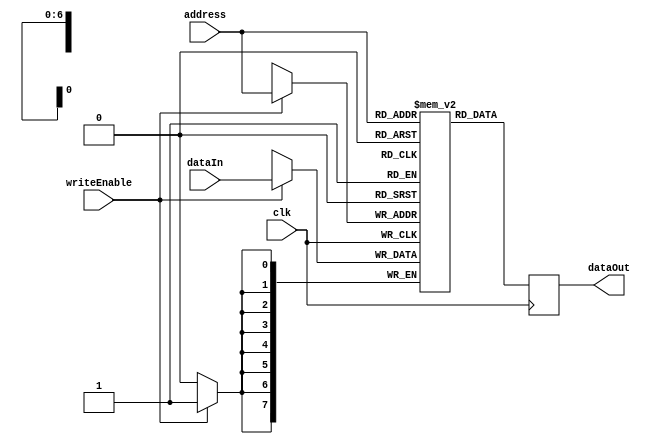
//------------------------------------------------------------------------
// Data Memory
//   Positive edge triggered
//   dataOut always has the value mem[address]
//   If writeEnable is true, writes dataIn to mem[address]
//------------------------------------------------------------------------

module datamemory
#(
    parameter addresswidth  = 7,
    parameter depth         = 2**addresswidth,
    parameter width         = 8
)
(
    input 		                clk,
    output reg [width-1:0]      dataOut,
    input [addresswidth-1:0]    address,
    input                       writeEnable,
    input [width-1:0]           dataIn
);


    reg [width-1:0] memory [depth-1:0];

    always @(posedge clk) begin
        if(writeEnable)
            memory[address] <= dataIn;
        dataOut <= memory[address];
    end

endmodule